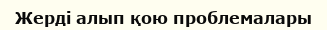
Жерді алып қою проблемалары